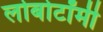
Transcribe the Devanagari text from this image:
लोबोटॉमी